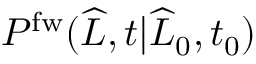
P ^ { \mathrm { f w } } ( \widehat { L } , t | \widehat { L } _ { 0 } , t _ { 0 } )